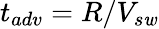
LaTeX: t_{adv}=R/V_{s\mathit{w}}